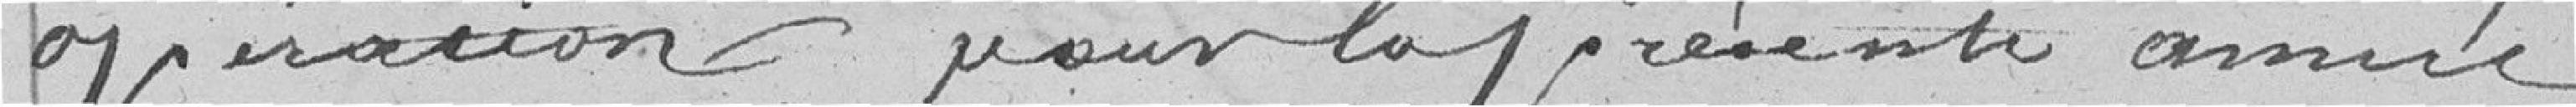
opération pour la présente année